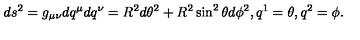
d s ^ { 2 } = g _ { \mu \nu } d q ^ { \mu } d q ^ { \nu } = R ^ { 2 } d \theta ^ { 2 } + R ^ { 2 } \sin ^ { 2 } \theta d \phi ^ { 2 } , q ^ { 1 } = \theta , q ^ { 2 } = \phi .